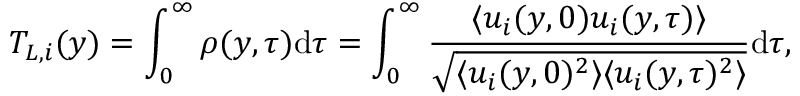
T _ { L , i } ( y ) = \int _ { 0 } ^ { \infty } \rho ( y , \tau ) \mathrm { d } \tau = \int _ { 0 } ^ { \infty } \frac { \langle u _ { i } ( y , 0 ) u _ { i } ( y , \tau ) \rangle } { \sqrt { \langle u _ { i } ( y , 0 ) ^ { 2 } \rangle \langle u _ { i } ( y , \tau ) ^ { 2 } \rangle } } \mathrm { d } \tau ,